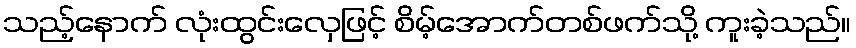
သည့်နောက် လုံးထွင်းလှေဖြင့် စိမ့်အောက်တစ်ဖက်သို့ ကူးခဲ့သည်။